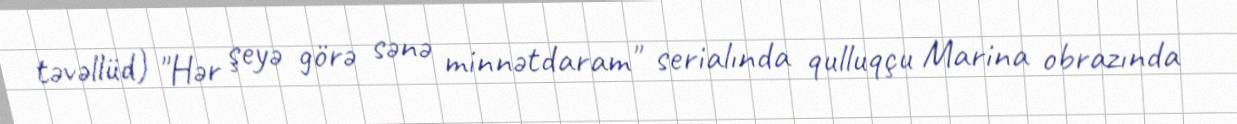
təvəllüd) "Hər şeyə görə sənə minnətdaram" serialında qulluqçu Marina obrazında